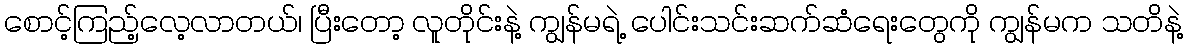
စောင့်ကြည့်လေ့လာတယ်၊ ပြီးတော့ လူတိုင်းနဲ့ ကျွန်မရဲ့ ပေါင်းသင်းဆက်ဆံရေးတွေကို ကျွန်မက သတိနဲ့